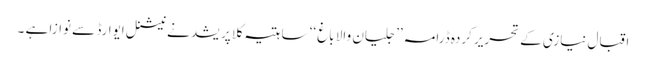
اقبال نیازی کے تحریر کردہ ڈرامہ ’’ جلیان والا باغ ‘‘ ساہتیہ کلا پریشد نے نیشنل ایوارڈ سے نوازا ہے ۔